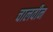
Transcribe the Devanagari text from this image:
चालवीन